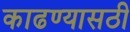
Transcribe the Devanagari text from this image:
काढण्यासठी